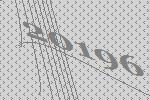
20196